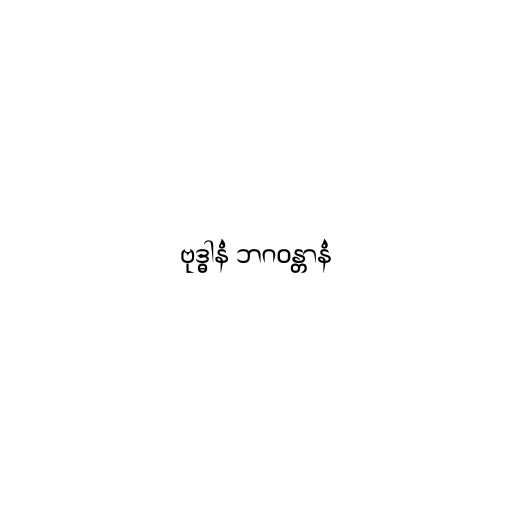
ဗုဒ္ဓါနံ ဘဂဝန္တာနံ